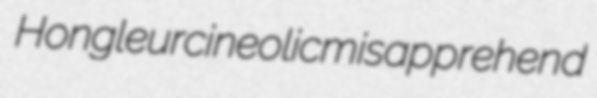
Hongleur cineolic misapprehend